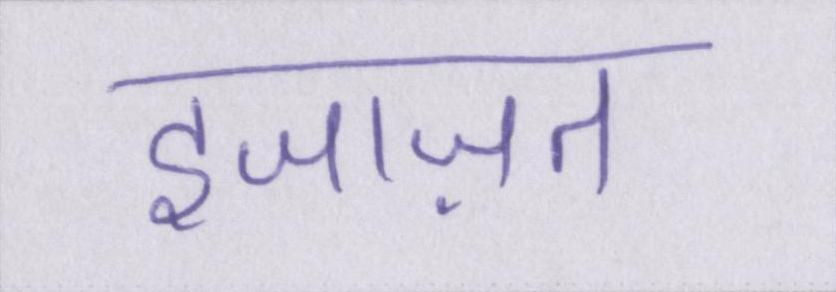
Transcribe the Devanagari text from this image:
इजाज़त